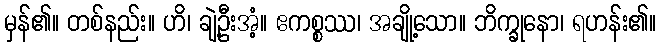
မှန်၏။ တစ်နည်း။ ဟိ၊ ချဲ့ဦးအံ့။ ဧကစ္စဿ၊ အချို့သော။ ဘိက္ခုနော၊ ရဟန်း၏။